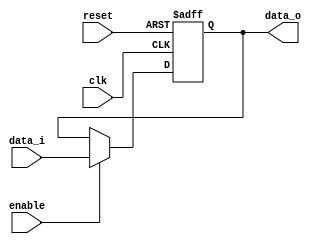
/******************************************************************
* Description
*	This is the pipeline register that is used to implement pipeline
*	1.0
* Author:
*	Jaime Alberto Camacho Ortiz
* email:
*	ie725668@iteso.mx
* Date:
*	02.07.2021
******************************************************************/
module Register_Pipeline
#(
	parameter N_BITS = 32,
	parameter RST_VALUE = {N_BITS{1'b0}}
)
(
	input clk,
	input reset,
	input enable,
	input  [N_BITS - 1 : 0] data_i,

	output reg [N_BITS - 1:0] data_o
);

always@(negedge reset or negedge clk) begin
	if(reset==0)
		data_o <= RST_VALUE;
	else	
		if(enable == 1)
			data_o <= data_i;
end

endmodule